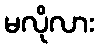
မလိုလား